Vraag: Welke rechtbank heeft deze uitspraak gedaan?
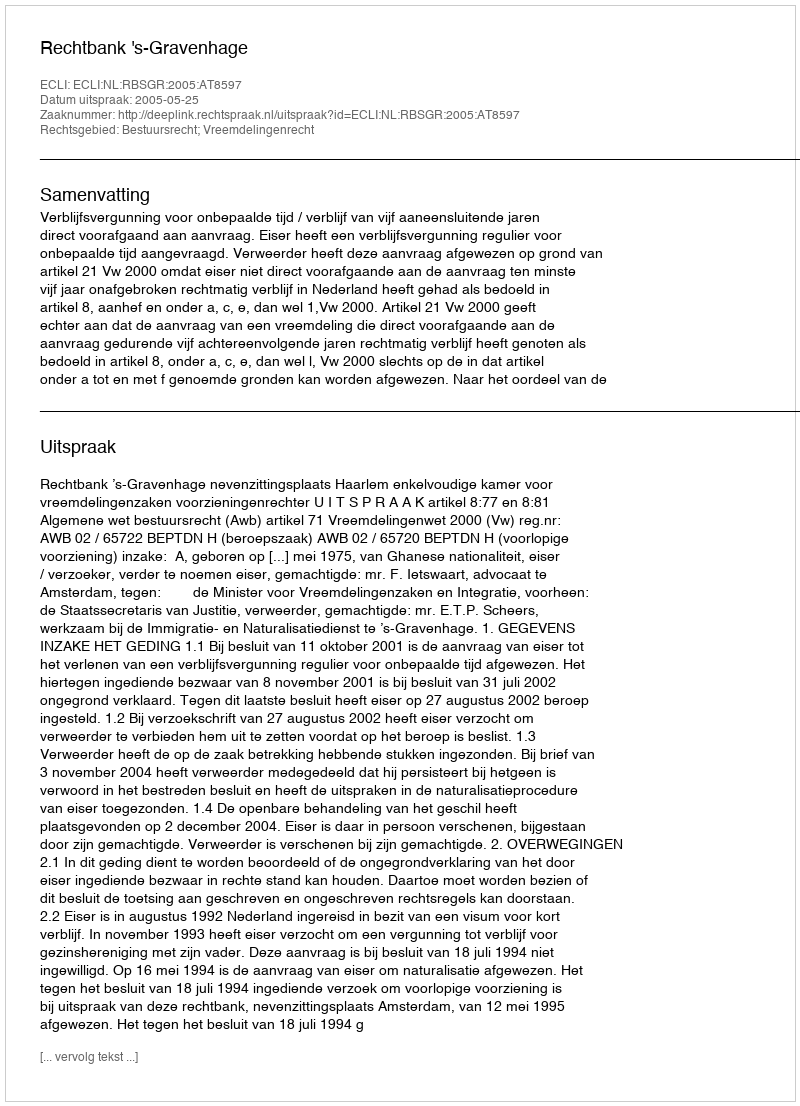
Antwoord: Rechtbank 's-Gravenhage